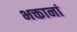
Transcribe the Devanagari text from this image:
भक्तानां